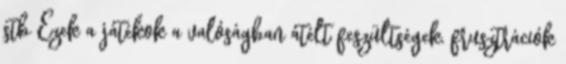
stb Ezek a játékok a valóságban átélt feszültségek, frusztrációk